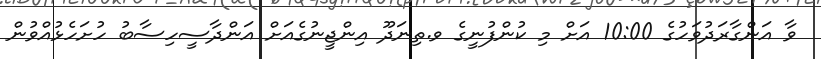
ވާ އަންގާރަދުވަހުގެ 10:00 އަށް މި ކުންފުނީގެ ވ.ތިނަދޫ އިންޖީނުގެއަށް އަންދާސީހިސާބު ހުށަހެޅުއްވުން